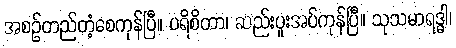
အစဉ်တည်တံ့စေကုန်ပြီ။ ပရိစိတာ၊ ဆည်းပူးအပ်ကုန်ပြီ။ သုသမာရဒ္ဓါ၊